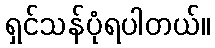
ရှင်သန်ပုံရပါတယ်။